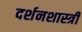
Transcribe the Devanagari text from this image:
दर्शनशास्‍त्री